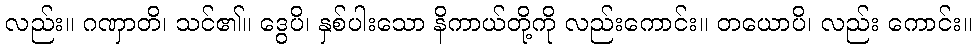
လည်း။ ဂဏှာတိ၊ သင်၏။ ဒွေပိ၊ နှစ်ပါးသော နိကာယ်တို့ကို လည်းကောင်း။ တယောပိ၊ လည်း ကောင်း။